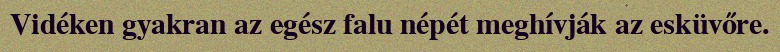
Vidéken gyakran az egész falu népét meghívják az esküvőre.